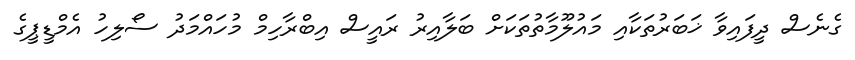
ގެނެސް ދީފައިވާ ޚަބަރުތަކާއި މައުލޫމާތުތަކަށް ބަލާއިރު ރައީސް އިބްރާހިމް މުހައްމަދު ސޯލިހު އެމްޑީޕީގެ